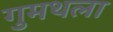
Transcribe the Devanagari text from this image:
गुमथला